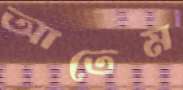
আতেম